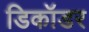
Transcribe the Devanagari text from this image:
डिकॉडर